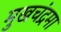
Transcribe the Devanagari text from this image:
मुखचंद्रमा